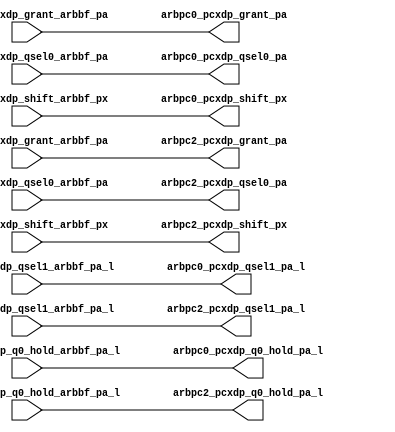
module pcx_buf_pm_even(/*AUTOARG*/
   // Outputs
   arbpc0_pcxdp_grant_pa, arbpc0_pcxdp_q0_hold_pa_l, 
   arbpc0_pcxdp_qsel0_pa, arbpc0_pcxdp_qsel1_pa_l, 
   arbpc0_pcxdp_shift_px, arbpc2_pcxdp_grant_pa, 
   arbpc2_pcxdp_q0_hold_pa_l, arbpc2_pcxdp_qsel0_pa, 
   arbpc2_pcxdp_qsel1_pa_l, arbpc2_pcxdp_shift_px, 
   // Inputs
   arbpc0_pcxdp_grant_arbbf_pa, arbpc0_pcxdp_q0_hold_arbbf_pa_l, 
   arbpc0_pcxdp_qsel0_arbbf_pa, arbpc0_pcxdp_qsel1_arbbf_pa_l, 
   arbpc0_pcxdp_shift_arbbf_px, arbpc2_pcxdp_grant_arbbf_pa, 
   arbpc2_pcxdp_q0_hold_arbbf_pa_l, arbpc2_pcxdp_qsel0_arbbf_pa, 
   arbpc2_pcxdp_qsel1_arbbf_pa_l, arbpc2_pcxdp_shift_arbbf_px
   );

   
   output 		arbpc0_pcxdp_grant_pa		;	
   output 		arbpc0_pcxdp_q0_hold_pa_l		;
   output 		arbpc0_pcxdp_qsel0_pa		;	
   output 		arbpc0_pcxdp_qsel1_pa_l		;	
   output 		arbpc0_pcxdp_shift_px		;	

   output 		arbpc2_pcxdp_grant_pa		;	
   output 		arbpc2_pcxdp_q0_hold_pa_l		;
   output 		arbpc2_pcxdp_qsel0_pa		;	
   output 		arbpc2_pcxdp_qsel1_pa_l		;	
   output 		arbpc2_pcxdp_shift_px		;	

   
   input 		arbpc0_pcxdp_grant_arbbf_pa;	
   input 		arbpc0_pcxdp_q0_hold_arbbf_pa_l;
   input 		arbpc0_pcxdp_qsel0_arbbf_pa;	
   input 		arbpc0_pcxdp_qsel1_arbbf_pa_l;	
   input 		arbpc0_pcxdp_shift_arbbf_px;	

   input 		arbpc2_pcxdp_grant_arbbf_pa;	
   input 		arbpc2_pcxdp_q0_hold_arbbf_pa_l;
   input 		arbpc2_pcxdp_qsel0_arbbf_pa;	
   input 		arbpc2_pcxdp_qsel1_arbbf_pa_l;	
   input 		arbpc2_pcxdp_shift_arbbf_px;	


   assign		arbpc0_pcxdp_grant_pa	   =         arbpc0_pcxdp_grant_arbbf_pa;      	
   assign		arbpc0_pcxdp_q0_hold_pa_l  =        arbpc0_pcxdp_q0_hold_arbbf_pa_l;  
   assign		arbpc0_pcxdp_qsel0_pa	   =        arbpc0_pcxdp_qsel0_arbbf_pa;      
   assign		arbpc0_pcxdp_qsel1_pa_l	   =        arbpc0_pcxdp_qsel1_arbbf_pa_l;    
   assign		arbpc0_pcxdp_shift_px	   =        arbpc0_pcxdp_shift_arbbf_px;      
								                                                   
   assign		arbpc2_pcxdp_grant_pa	   =         arbpc2_pcxdp_grant_arbbf_pa;      	
   assign		arbpc2_pcxdp_q0_hold_pa_l  =        arbpc2_pcxdp_q0_hold_arbbf_pa_l;  
   assign		arbpc2_pcxdp_qsel0_pa	   =        arbpc2_pcxdp_qsel0_arbbf_pa;      
   assign		arbpc2_pcxdp_qsel1_pa_l	   =        arbpc2_pcxdp_qsel1_arbbf_pa_l;    
   assign		arbpc2_pcxdp_shift_px	   =        arbpc2_pcxdp_shift_arbbf_px;      
								                                                   

endmodule